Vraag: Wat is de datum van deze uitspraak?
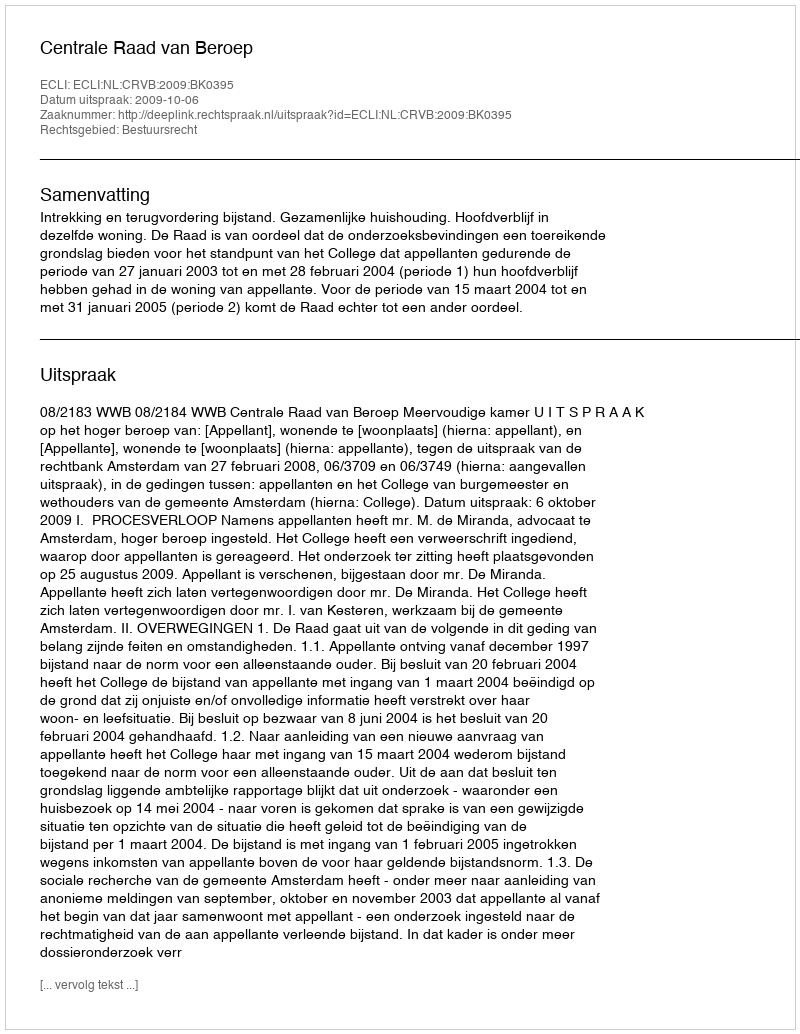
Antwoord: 2009-10-06